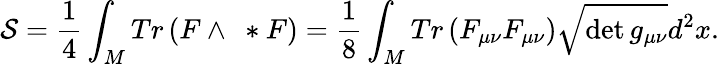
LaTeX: {\cal S}=\frac{1}{4}\int_{M}Tr\left(F\wedge\ *F\right)=\frac{1}{8}\int_{M}Tr\left(F_{\mu\nu}F_{\mu\nu}\right)\sqrt{\operatorname*{det}g_{\mu\nu}}d^{2}x.